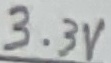
Text: 3.3V